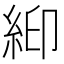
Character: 𬗉